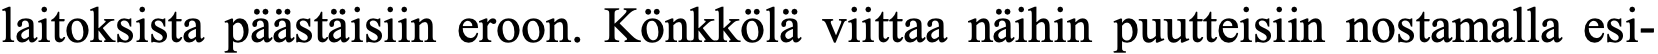
laitoksista päästäisiin eroon. Könkkölä viittaa näihin puutteisiin nostamalla esi-